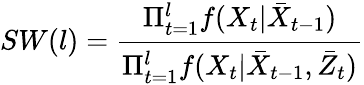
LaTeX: SW(l)=\frac{\Pi_{t=1}^{l}f(X_{t}|\bar{X}_{t-1})}{\Pi_{t=1}^{l}f(X_{t}|\bar{X}_{t-1},\bar{Z}_{t})}